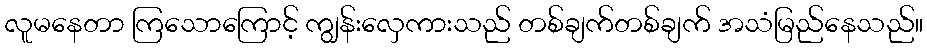
လူမနေတာ ကြသောကြောင့် ကျွန်းလှေကားသည် တစ်ချက်တစ်ချက် အသံမြည်နေသည်။